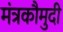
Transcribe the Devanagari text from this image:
मंत्रकौमुदी